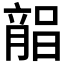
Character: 𣎘